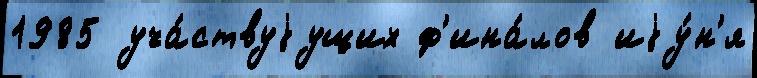
1985 уча́ствуjущих ф'ина́лов иjу́н'я